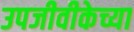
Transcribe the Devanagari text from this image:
उपजीवीकेच्या